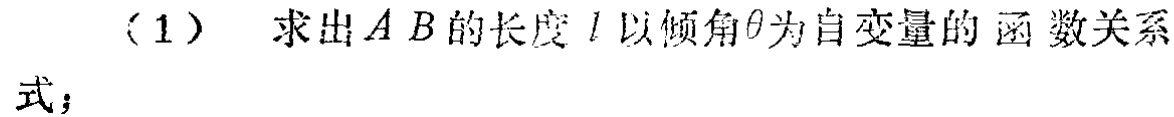
（1） 求出 \(AB\) 的长度 \(l\) 以倾角\(\theta\)为自变量的函数关系式；